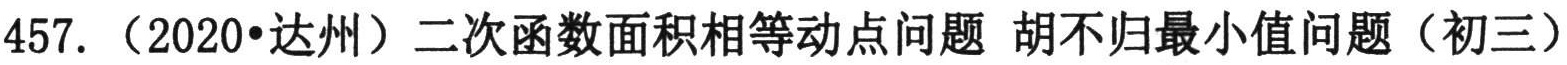
457.（2020•达州）二次函数面积相等动点问题 胡不归最小值问题（初三）